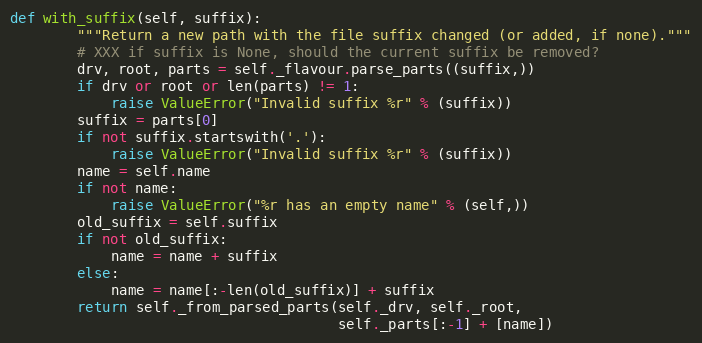
Language: Python
def with_suffix(self, suffix):
        """Return a new path with the file suffix changed (or added, if none)."""
        # XXX if suffix is None, should the current suffix be removed?
        drv, root, parts = self._flavour.parse_parts((suffix,))
        if drv or root or len(parts) != 1:
            raise ValueError("Invalid suffix %r" % (suffix))
        suffix = parts[0]
        if not suffix.startswith('.'):
            raise ValueError("Invalid suffix %r" % (suffix))
        name = self.name
        if not name:
            raise ValueError("%r has an empty name" % (self,))
        old_suffix = self.suffix
        if not old_suffix:
            name = name + suffix
        else:
            name = name[:-len(old_suffix)] + suffix
        return self._from_parsed_parts(self._drv, self._root,
                                       self._parts[:-1] + [name])